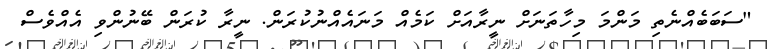
"ސަބަބެއްނެތި މަންމަ މިހާތަނަށް ނީރާއަށް ކަމެއް މަނައެއްނުކުރަން. ނީރާ ކުރަން ބޭނުންވި އެއްވެސް